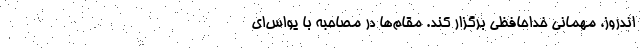
اندروز، مهمانی خداحافظی برگزار کند. مقام‌ها در مصاحبه با یواس‌اِی